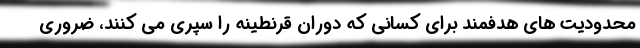
محدودیت های هدفمند برای کسانی که دوران قرنطینه را سپری می کنند، ضروری